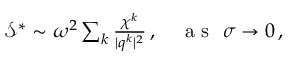
\begin{array} { r } { \mathcal { S } ^ { * } \sim \omega ^ { 2 } \sum _ { k } \frac { \chi ^ { k } } { \vert \boldsymbol { q } ^ { k } \vert ^ { 2 } } \, , ~ ~ ~ \mathrm { ~ a ~ s ~ } ~ \sigma \rightarrow 0 \, , } \end{array}